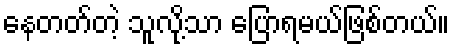
နေတတ်တဲ့ သူလို့သာ ပြောရမယ်ဖြစ်တယ်။